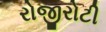
રોજીરોટી